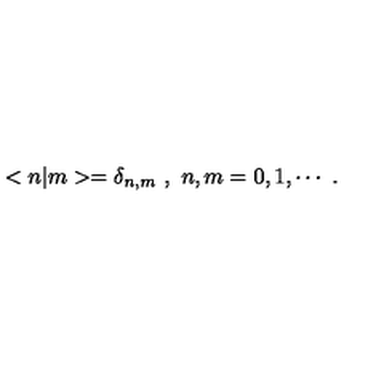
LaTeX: < n | m > = \delta _ { n , m } \ , \ n , m = 0 , 1 , \cdots \ .